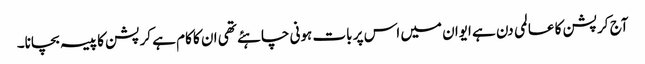
آج کرپشن کا عالمی دن ہے ایوان میں اس پر بات ہونی چاہئے تھی ان کا کام ہے کرپشن کا پیسہ بچانا۔